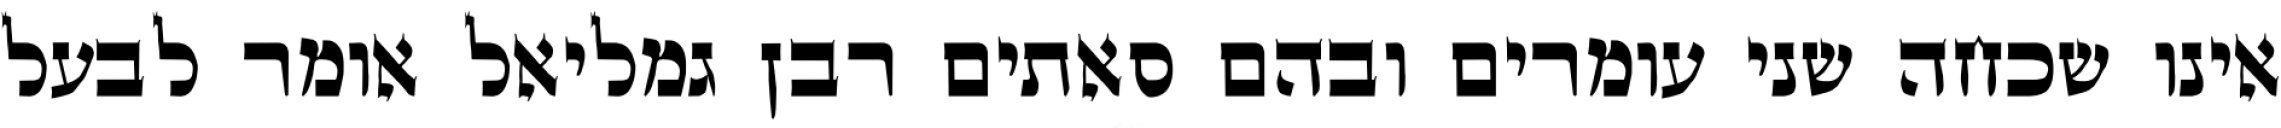
אינו שכחה שני עומרים ובהם סאתים רבן גמליאל אומר לבעל